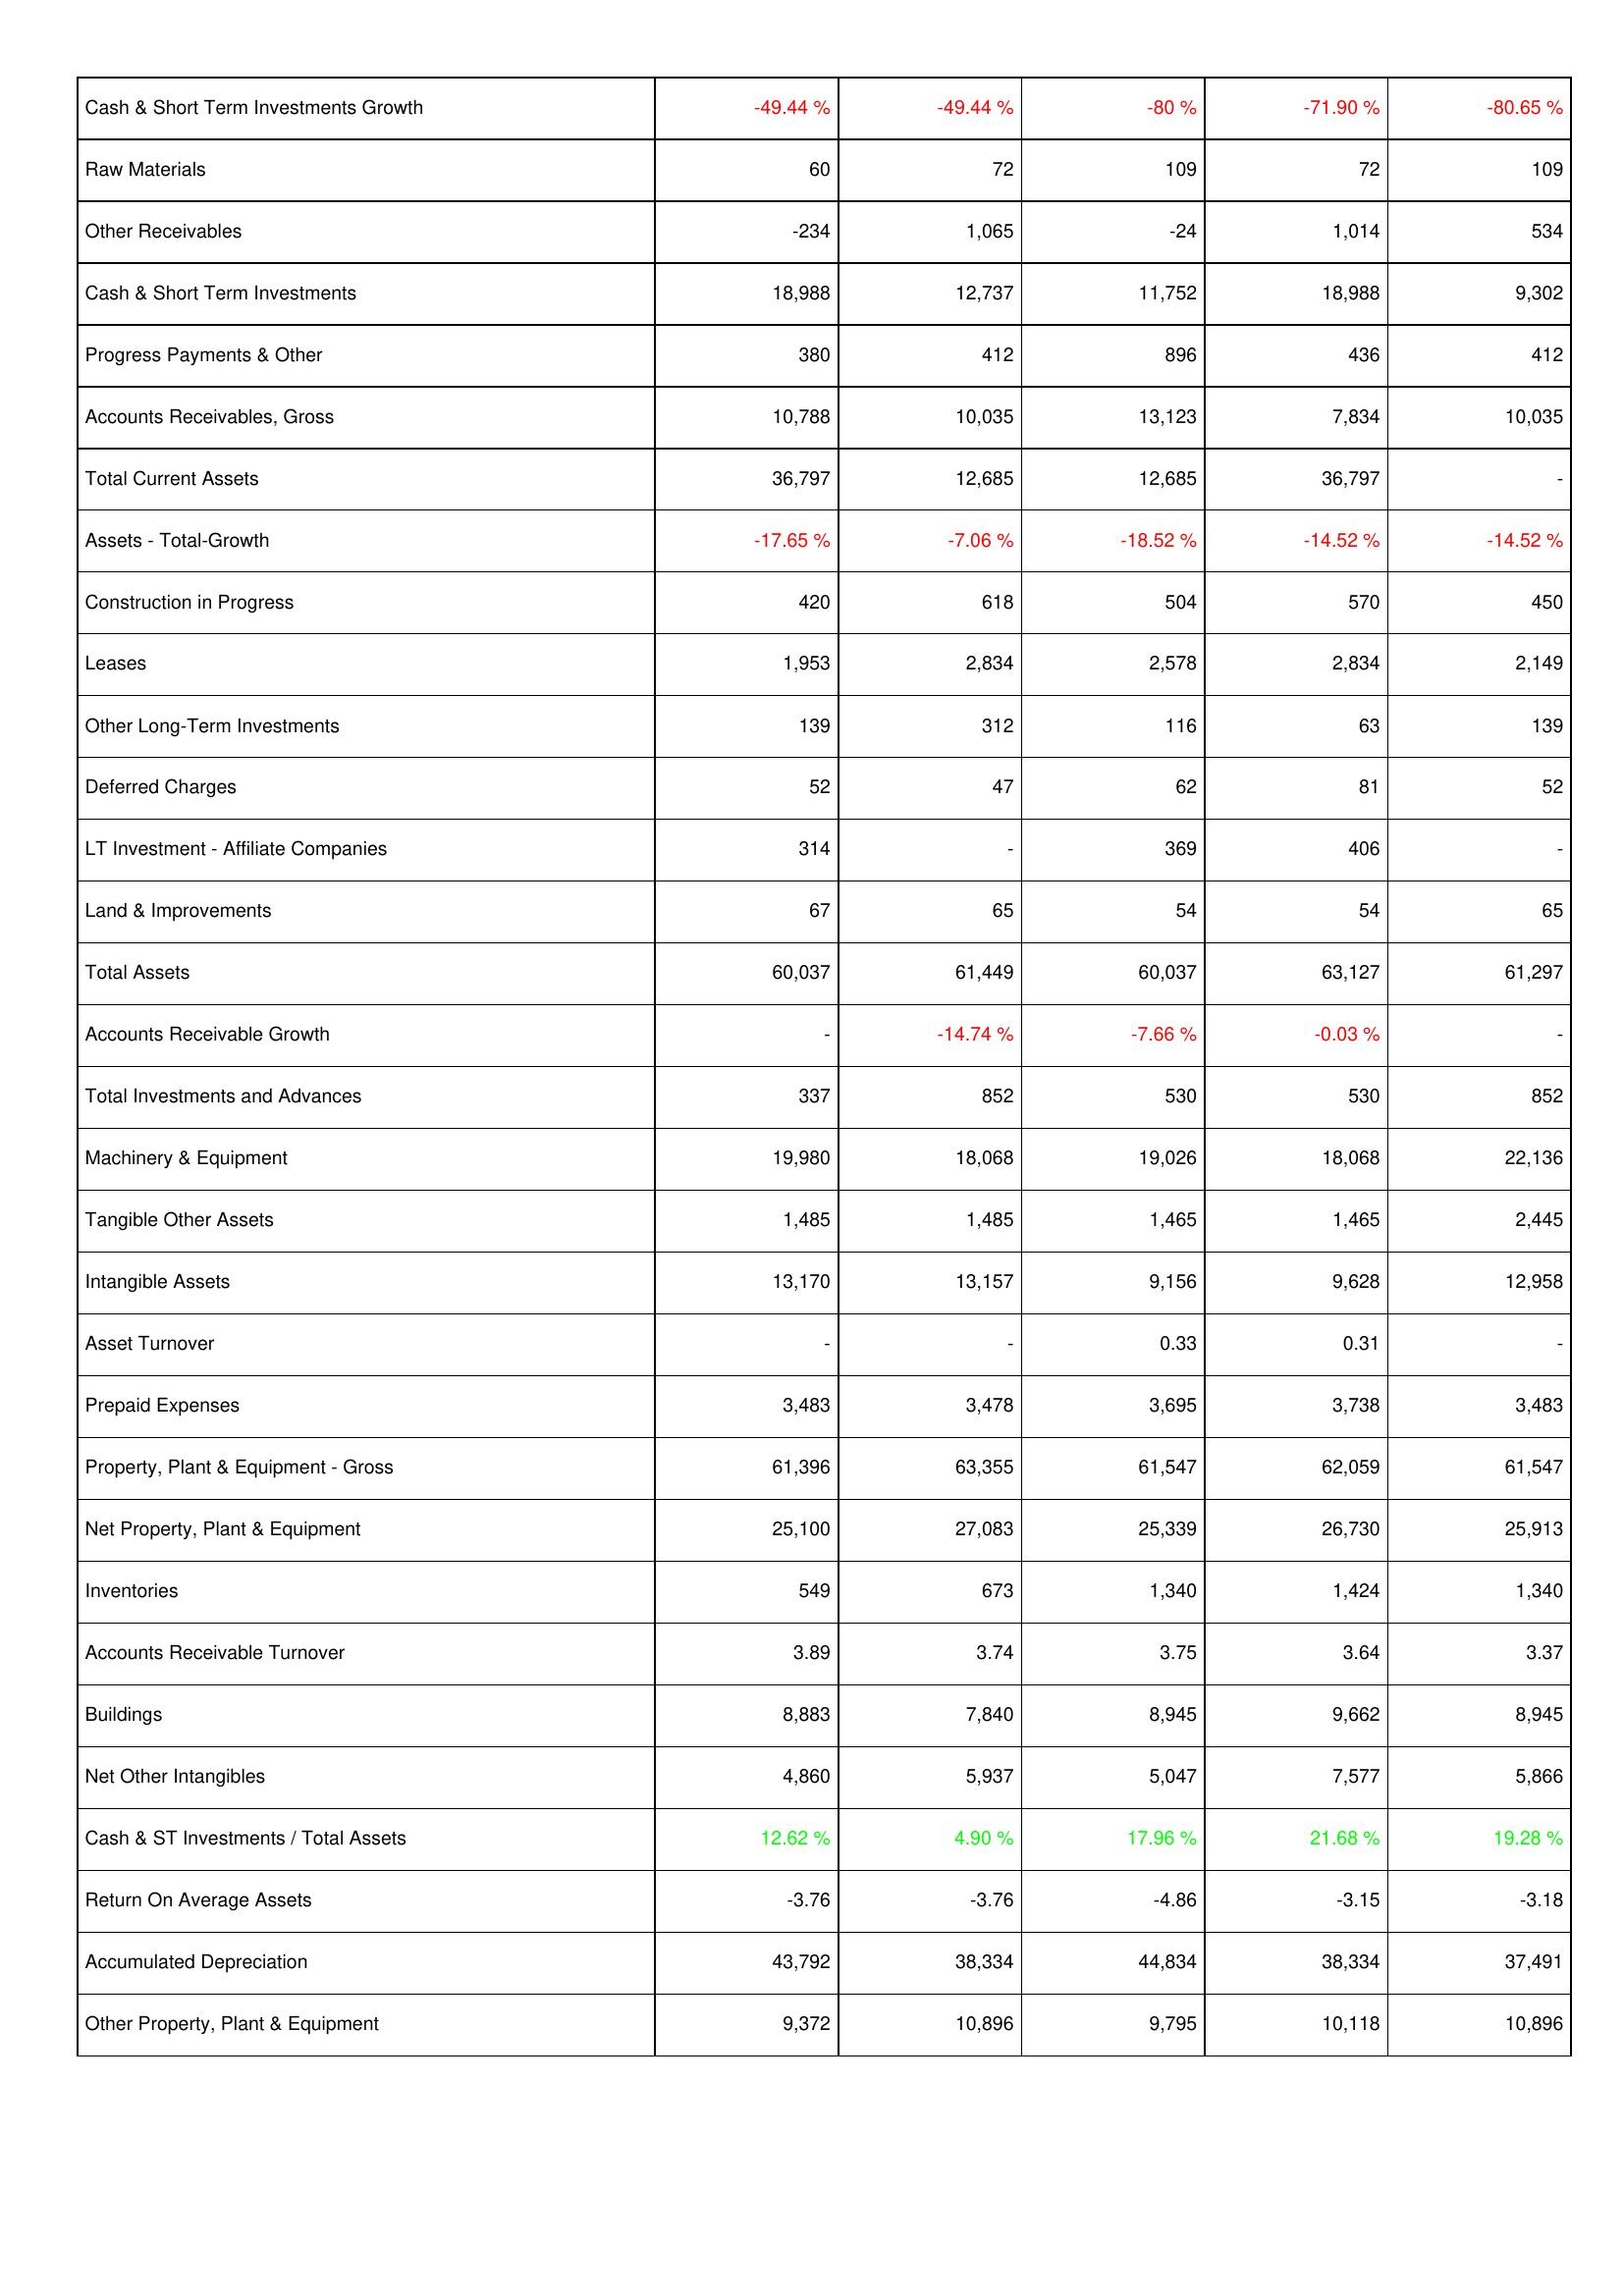
2012: Assets: Cash & Short Term Investments Growth: -49.44 %
Raw Materials: 60
Other Receivables: -234
Cash & Short Term Investments: 18,988
Progress Payments & Other: 380
Accounts Receivables, Gross: 10,788
Total Current Assets: 36,797
Assets - Total-Growth: -17.65 %
Construction in Progress: 420
Leases: 1,953
Other Long-Term Investments: 139
Deferred Charges: 52
LT Investment - Affiliate Companies: 314
Land & Improvements: 67
Total Assets: 60,037
Accounts Receivable Growth: -
Total Investments and Advances: 337
Machinery & Equipment: 19,980
Tangible Other Assets: 1,485
Intangible Assets: 13,170
Asset Turnover: -
Prepaid Expenses: 3,483
Property, Plant & Equipment - Gross: 61,396
Net Property, Plant & Equipment: 25,100
Inventories: 549
Accounts Receivable Turnover: 3.89
Buildings: 8,883
Net Other Intangibles: 4,860
Cash & ST Investments / Total Assets: 12.62 %
Return On Average Assets: -3.76
Accumulated Depreciation: 43,792
Other Property, Plant & Equipment: 9,372
2013: Assets: Cash & Short Term Investments Growth: -49.44 %
Raw Materials: 72
Other Receivables: 1,065
Cash & Short Term Investments: 12,737
Progress Payments & Other: 412
Accounts Receivables, Gross: 10,035
Total Current Assets: 12,685
Assets - Total-Growth: -7.06 %
Construction in Progress: 618
Leases: 2,834
Other Long-Term Investments: 312
Deferred Charges: 47
LT Investment - Affiliate Companies: -
Land & Improvements: 65
Total Assets: 61,449
Accounts Receivable Growth: -14.74 %
Total Investments and Advances: 852
Machinery & Equipment: 18,068
Tangible Other Assets: 1,485
Intangible Assets: 13,157
Asset Turnover: -
Prepaid Expenses: 3,478
Property, Plant & Equipment - Gross: 63,355
Net Property, Plant & Equipment: 27,083
Inventories: 673
Accounts Receivable Turnover: 3.74
Buildings: 7,840
Net Other Intangibles: 5,937
Cash & ST Investments / Total Assets: 4.90 %
Return On Average Assets: -3.76
Accumulated Depreciation: 38,334
Other Property, Plant & Equipment: 10,896
2014: Assets: Cash & Short Term Investments Growth: -80 %
Raw Materials: 109
Other Receivables: -24
Cash & Short Term Investments: 11,752
Progress Payments & Other: 896
Accounts Receivables, Gross: 13,123
Total Current Assets: 12,685
Assets - Total-Growth: -18.52 %
Construction in Progress: 504
Leases: 2,578
Other Long-Term Investments: 116
Deferred Charges: 62
LT Investment - Affiliate Companies: 369
Land & Improvements: 54
Total Assets: 60,037
Accounts Receivable Growth: -7.66 %
Total Investments and Advances: 530
Machinery & Equipment: 19,026
Tangible Other Assets: 1,465
Intangible Assets: 9,156
Asset Turnover: 0.33
Prepaid Expenses: 3,695
Property, Plant & Equipment - Gross: 61,547
Net Property, Plant & Equipment: 25,339
Inventories: 1,340
Accounts Receivable Turnover: 3.75
Buildings: 8,945
Net Other Intangibles: 5,047
Cash & ST Investments / Total Assets: 17.96 %
Return On Average Assets: -4.86
Accumulated Depreciation: 44,834
Other Property, Plant & Equipment: 9,795
2015: Assets: Cash & Short Term Investments Growth: -71.90 %
Raw Materials: 72
Other Receivables: 1,014
Cash & Short Term Investments: 18,988
Progress Payments & Other: 436
Accounts Receivables, Gross: 7,834
Total Current Assets: 36,797
Assets - Total-Growth: -14.52 %
Construction in Progress: 570
Leases: 2,834
Other Long-Term Investments: 63
Deferred Charges: 81
LT Investment - Affiliate Companies: 406
Land & Improvements: 54
Total Assets: 63,127
Accounts Receivable Growth: -0.03 %
Total Investments and Advances: 530
Machinery & Equipment: 18,068
Tangible Other Assets: 1,465
Intangible Assets: 9,628
Asset Turnover: 0.31
Prepaid Expenses: 3,738
Property, Plant & Equipment - Gross: 62,059
Net Property, Plant & Equipment: 26,730
Inventories: 1,424
Accounts Receivable Turnover: 3.64
Buildings: 9,662
Net Other Intangibles: 7,577
Cash & ST Investments / Total Assets: 21.68 %
Return On Average Assets: -3.15
Accumulated Depreciation: 38,334
Other Property, Plant & Equipment: 10,118
2016: Assets: Cash & Short Term Investments Growth: -80.65 %
Raw Materials: 109
Other Receivables: 534
Cash & Short Term Investments: 9,302
Progress Payments & Other: 412
Accounts Receivables, Gross: 10,035
Total Current Assets: -
Assets - Total-Growth: -14.52 %
Construction in Progress: 450
Leases: 2,149
Other Long-Term Investments: 139
Deferred Charges: 52
LT Investment - Affiliate Companies: -
Land & Improvements: 65
Total Assets: 61,297
Accounts Receivable Growth: -
Total Investments and Advances: 852
Machinery & Equipment: 22,136
Tangible Other Assets: 2,445
Intangible Assets: 12,958
Asset Turnover: -
Prepaid Expenses: 3,483
Property, Plant & Equipment - Gross: 61,547
Net Property, Plant & Equipment: 25,913
Inventories: 1,340
Accounts Receivable Turnover: 3.37
Buildings: 8,945
Net Other Intangibles: 5,866
Cash & ST Investments / Total Assets: 19.28 %
Return On Average Assets: -3.18
Accumulated Depreciation: 37,491
Other Property, Plant & Equipment: 10,896